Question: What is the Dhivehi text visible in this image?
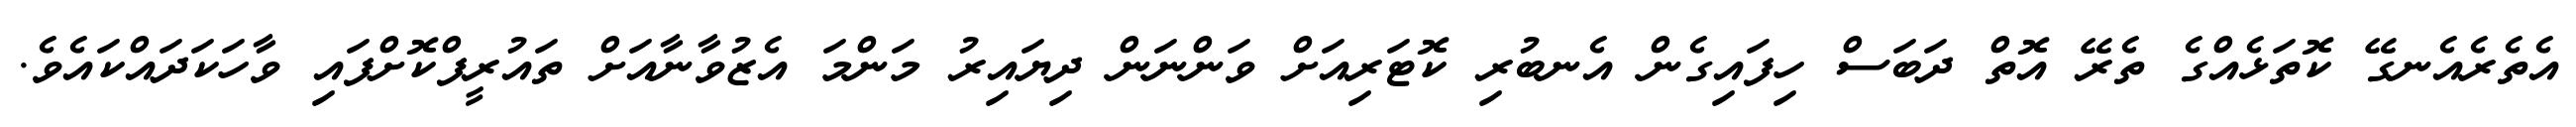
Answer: އެތެރެއެނގޭ ކޮތަޅެއްގެ ތެރޭ އޮތް ދަބަސް ހިފައިގެން އެނބުރި ކޮޓަރިއަށް ވަންނަން ދިޔައިރު މަންމަ އެޒުވާނާއަށް ތައުރީފްކޮށްފައި ވާހަކަދައްކައެވެ.